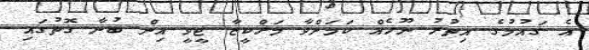
އެ ގައުމުގެ އިތުރު ނޫހެއް ކަމަށްވާ މަރްކީޒާ ޓީވީ އިން ބުނާ ގޮތުގައި